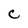
Character: C